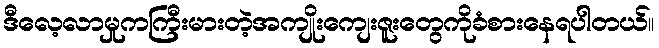
ဒီလေ့လာမှုကကြီးမားတဲ့အကျိုးကျေးဇူးတွေကိုခံစားနေရပါတယ်။